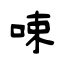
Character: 𠲿